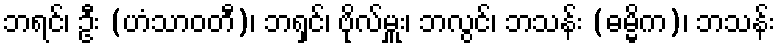
ဘရင်၊ ဦး (ဟံသာဝတီ)၊ ဘရှင်၊ ဗိုလ်မှူး၊ ဘလွင်၊ ဘသန်း (ဓမ္မိက)၊ ဘသန်း